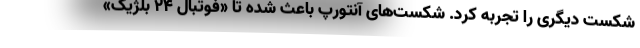
شکست دیگری را تجربه کرد. شکست‌های آنتورپ باعث شده تا «فوتبال 24 بلژیک»